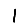
Digit: 1